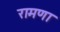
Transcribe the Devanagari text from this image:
रामणा